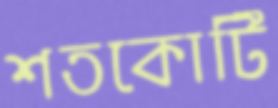
শতকোটি